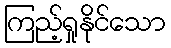
ကြည့်ရှုနိုင်သော